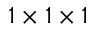
1 \times 1 \times 1